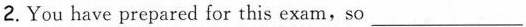
2.You have prepared for this exam,so ___